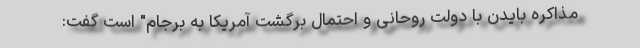
مذاکره بایدن با دولت روحانی و احتمال برگشت آمریکا به برجام" است گفت: